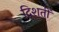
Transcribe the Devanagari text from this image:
दिशतीं